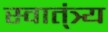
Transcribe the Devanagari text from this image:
स्वात्ंत्र्य